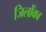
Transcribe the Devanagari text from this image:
जिलोँका